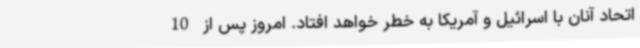
اتحاد آنان با اسرائیل و آمریکا به خطر خواهد افتاد. امروز پس از 10